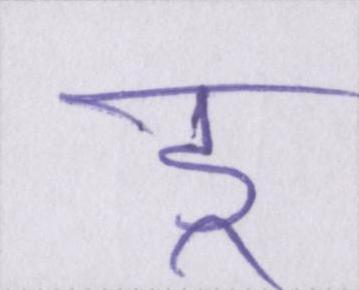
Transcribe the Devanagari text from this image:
डू